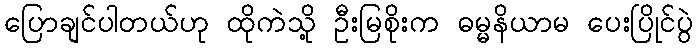
ပြောချင်ပါတယ်ဟု ထိုကဲသို့ ဦးမြစိုးက ဓမ္မနိယာမ ပေးပြိုင်ပွဲ